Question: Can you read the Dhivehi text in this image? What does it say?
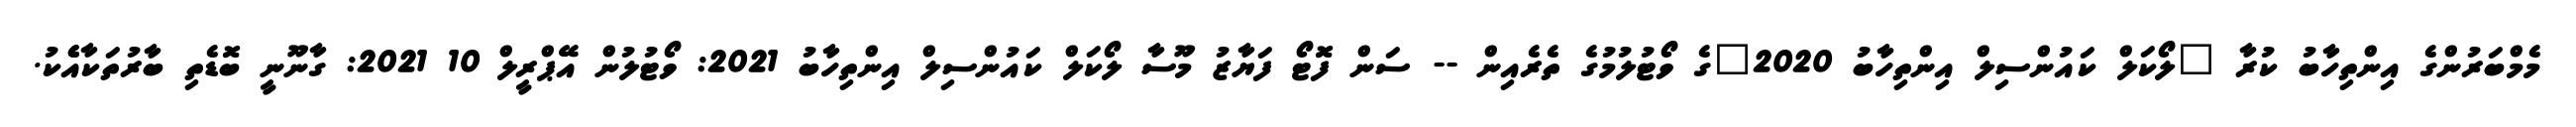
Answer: މެމްބަރުންގެ އިންތިހާބު ކުރާ "ލޯކަލް ކައުންސިލް އިންތިހާބު 2020"ގެ ވޯޓުލުމުގެ ތެރެއިން -- ސަން ފޮޓޯ ފަޔާޒު މޫސާ ލޯކަލް ކައުންސިލް އިންތިހާބު 2021: ވޯޓުލުން އޭޕްރީލް 10 2021: ގާނޫނީ ބޮޑެތި ބާރުތަކާއެެކު.